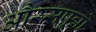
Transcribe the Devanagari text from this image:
औरसपुत्रों